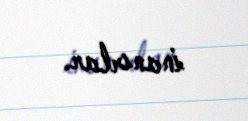
inanırlar.